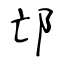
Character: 邙